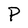
Character: P